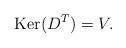
LaTeX: \begin{align*} \hbox{Ker}(D^T)=V.\end{align*}